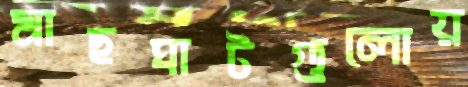
মাছঘাটগুলোয়